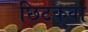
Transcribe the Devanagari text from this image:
छिटकवा